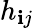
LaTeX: h_{\mathbf{i}j}